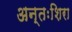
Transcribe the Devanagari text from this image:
अन्तःशिरा